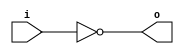
module invert (input wire i, output wire o);
   assign o = !i;
endmodule

module and2 (input wire i0, i1, output wire o);
  assign o = i0 & i1;
endmodule

module or2 (input wire i0, i1, output wire o);
  assign o = i0 | i1;
endmodule

module xor2 (input wire i0, i1, output wire o);
  assign o = i0 ^ i1;
endmodule

module nand2 (input wire i0, i1, output wire o);
   wire t;
   and2 and2_0 (i0, i1, t);
   invert invert_0 (t, o);
endmodule

module nor2 (input wire i0, i1, output wire o);
   wire t;
   or2 or2_0 (i0, i1, t);
   invert invert_0 (t, o);
endmodule

module xnor2 (input wire i0, i1, output wire o);
   wire t;
   xor2 xor2_0 (i0, i1, t);
   invert invert_0 (t, o);
endmodule

module and3 (input wire i0, i1, i2, output wire o);
   wire t;
   and2 and2_0 (i0, i1, t);
   and2 and2_1 (i2, t, o);
endmodule

module or3 (input wire i0, i1, i2, output wire o);
   wire t;
   or2 or2_0 (i0, i1, t);
   or2 or2_1 (i2, t, o);
endmodule

module nor3 (input wire i0, i1, i2, output wire o);
   wire t;
   or2 or2_0 (i0, i1, t);
   nor2 nor2_0 (i2, t, o);
endmodule

module nand3 (input wire i0, i1, i2, output wire o);
   wire t;
   and2 and2_0 (i0, i1, t);
   nand2 nand2_1 (i2, t, o);
endmodule

module xor3 (input wire i0, i1, i2, output wire o);
   wire t;
   xor2 xor2_0 (i0, i1, t);
   xor2 xor2_1 (i2, t, o);
endmodule

module xnor3 (input wire i0, i1, i2, output wire o);
   wire t;
   xor2 xor2_0 (i0, i1, t);
   xnor2 xnor2_0 (i2, t, o);
endmodule

module mux2 (input wire i0, i1, j, output wire o);
  assign o = (j==0)?i0:i1;
endmodule

module mux4 (input wire [0:3] i, input wire j1, j0, output wire o);
  wire  t0, t1;
  mux2 mux2_0 (i[0], i[1], j1, t0);
  mux2 mux2_1 (i[2], i[3], j1, t1);
  mux2 mux2_2 (t0, t1, j0, o);
endmodule

module mux8 (input wire [0:7] i, input wire j2, j1, j0, output wire o);
  wire  t0, t1;
  mux4 mux4_0 (i[0:3], j2, j1, t0);
  mux4 mux4_1 (i[4:7], j2, j1, t1);
  mux2 mux2_0 (t0, t1, j0, o);
endmodule

module fulladd(input wire a, b, cin, output wire sum, cout);
wire [4:0] t;
    xor2 x0(a, b, t[0]);
    xor2 x1(t[0], cin, sum);

    and2 a0(a, b, t[1]);
    and2 a1(a, cin, t[2]);
    and2 a2(b, cin, t[3]);

    or2 o0(t[1], t[2], t[4]);
    or2 o1(t[3], t[4], cout);
endmodule